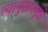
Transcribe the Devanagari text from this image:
त्यानुसारमुळे